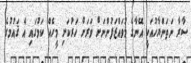
ސާރާ ނަތަންޔާހުއަކީ އޭނާގެ މުވައްޒަފުންނަށް ވަރަށް ހަރުކަށި މީހެއް ކަމުގައި އެ ޤައުމުގެ